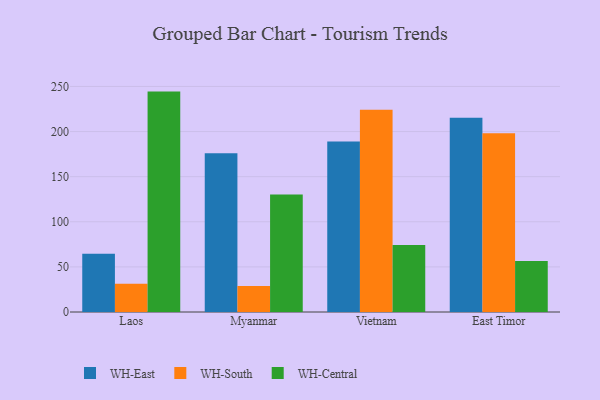
{"axis": {"x": "Country", "y": "Backlog"}, "legend": ["WH-Central", "WH-East", "WH-South"], "data": [{"x": "Laos", "y": 64.6, "type": "WH-East"}, {"x": "Laos", "y": 31.4, "type": "WH-South"}, {"x": "Laos", "y": 244.3, "type": "WH-Central"}, {"x": "Myanmar", "y": 176.1, "type": "WH-East"}, {"x": "Myanmar", "y": 28.7, "type": "WH-South"}, {"x": "Myanmar", "y": 130.3, "type": "WH-Central"}, {"x": "Vietnam", "y": 188.9, "type": "WH-East"}, {"x": "Vietnam", "y": 224.1, "type": "WH-South"}, {"x": "Vietnam", "y": 74.2, "type": "WH-Central"}, {"x": "East Timor", "y": 215.2, "type": "WH-East"}, {"x": "East Timor", "y": 198.2, "type": "WH-South"}, {"x": "East Timor", "y": 56.4, "type": "WH-Central"}]}